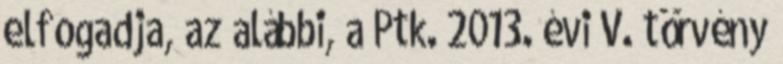
elfogadja, az alábbi, a Ptk. 2013. évi V. törvény